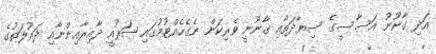
އަދި ގާނޫނު އަސާސީގެ ސިޔާދަތާއި ގާނޫނީ ވެރިކަން ނެގެހެއްޓުމުގައި ޝަރުއީ ދާއިރާއިންނާއި ދައުލަތުގެ